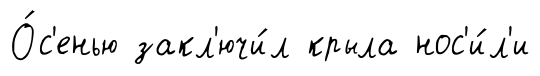
О́с'енью закл'ючи́л крыла нос'и́л'и